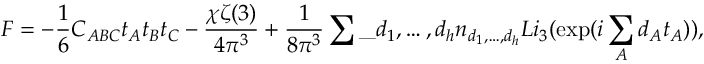
{ \cal F } = - \frac 1 6 C _ { A B C } t _ { A } t _ { B } t _ { C } - \frac { \chi \zeta ( 3 ) } { 4 \pi ^ { 3 } } + \frac { 1 } { 8 \pi ^ { 3 } } \sum \_ { d _ { 1 } , \ldots , d _ { h } } n _ { d _ { 1 } , \ldots , d _ { h } } L i _ { 3 } ( \exp ( i \sum _ { A } d _ { A } t _ { A } ) ) ,